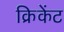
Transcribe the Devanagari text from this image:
क्रिकेंट